Document type: Community of property
Year: 1312
Scribe: Pere Amorós
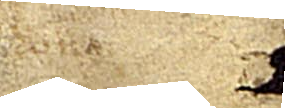
[...].